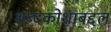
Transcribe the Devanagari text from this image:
शब्दकोशाबद्दल